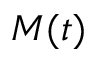
M ( t )